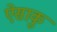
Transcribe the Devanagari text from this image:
ऐसाकु